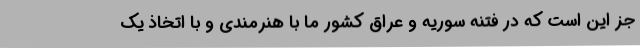
جز این است که در فتنه سوریه و عراق کشور ما با هنرمندی و با اتخاذ یک